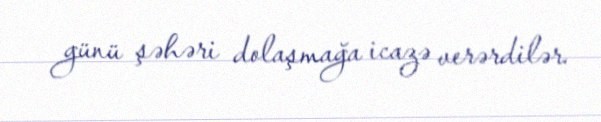
günü şəhəri dolaşmağa icazə verərdilər.